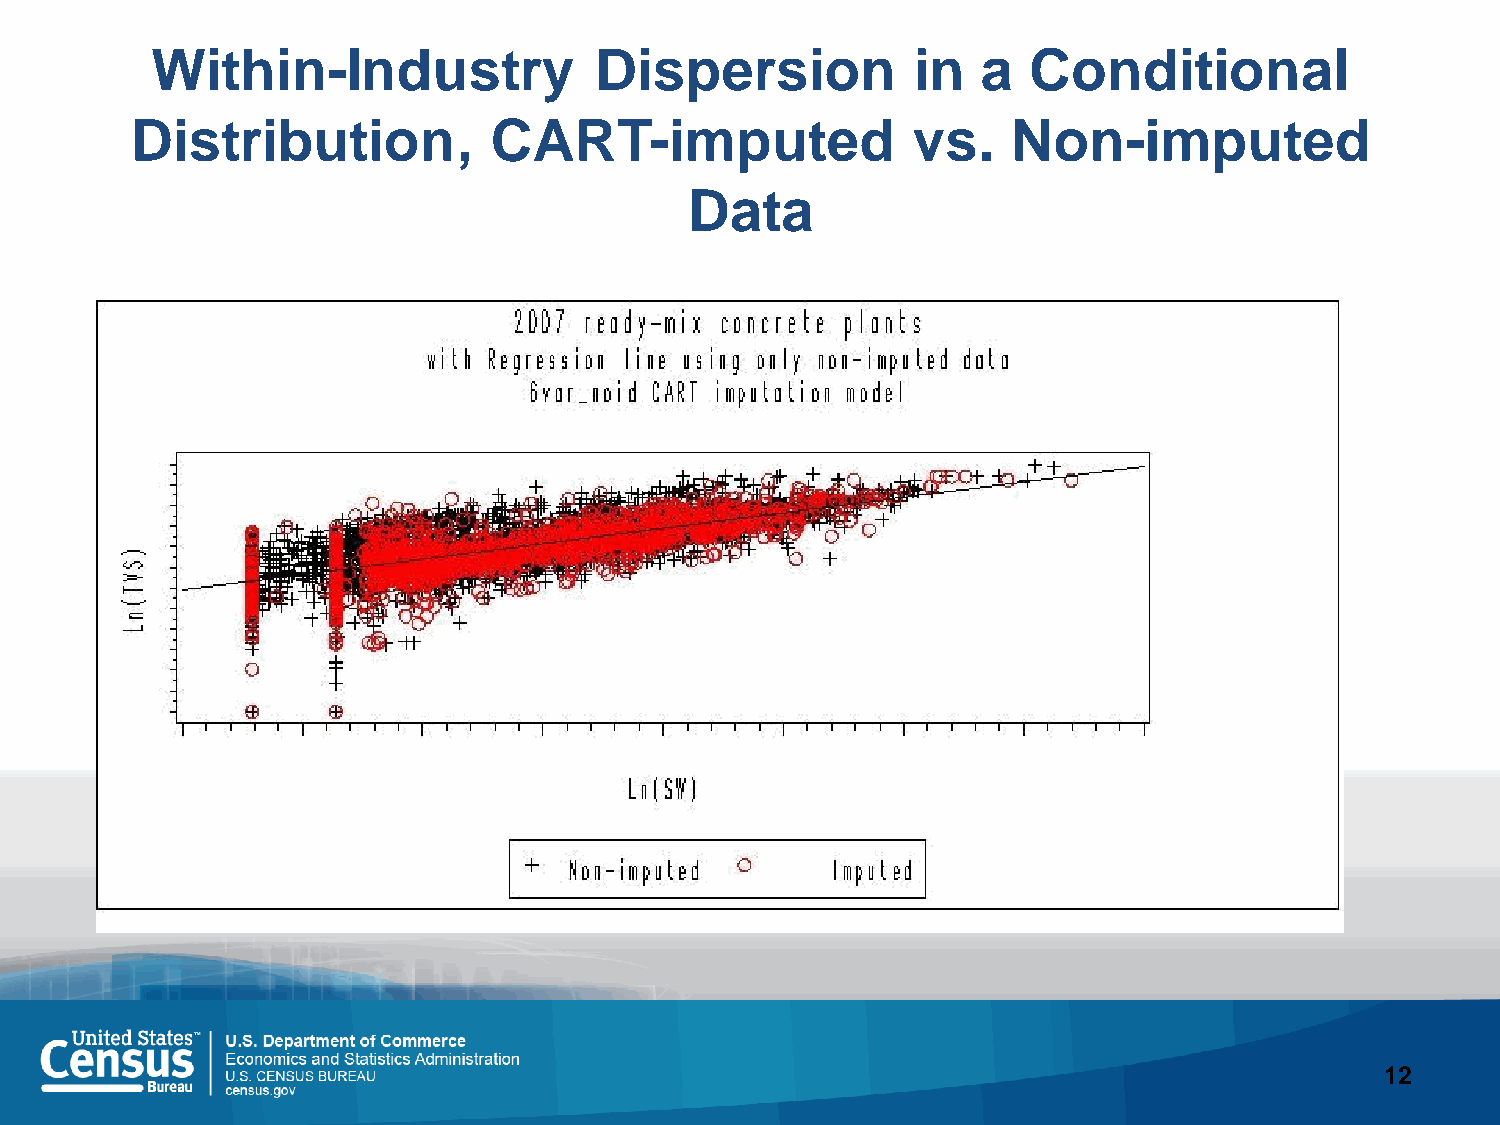
Within-Industry              Dispersion           in   a  Conditional
 Distribution,          CART-imputed                vs.    Non-imputed
 Data
 12